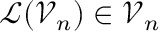
\boldsymbol { \mathcal { L } } ( \boldsymbol { \mathcal { V } } _ { n } ) \in \boldsymbol { \mathcal { V } } _ { n }